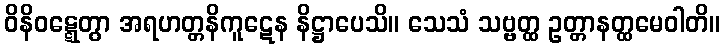
ဝိနိဝဋ္ဋေတွာ အရဟတ္တနိကူဋေန နိဋ္ဌာပေသိ။ သေသံ သဗ္ဗတ္ထ ဥတ္တာနတ္ထမေဝါတိ။